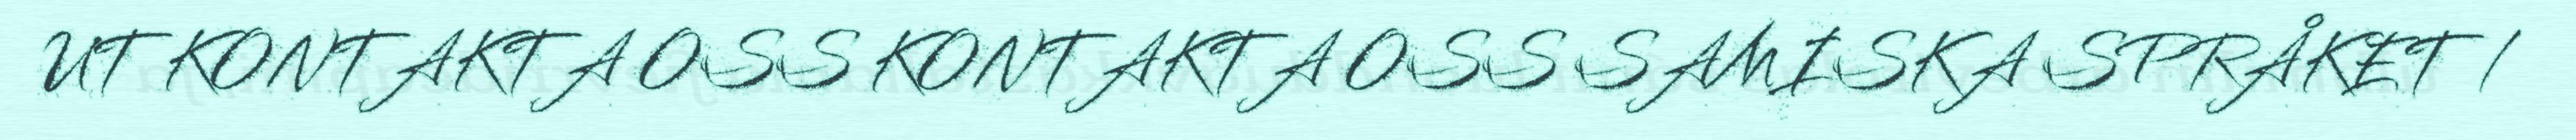
UT KONTAKTA OSS KONTAKTA OSS SAMISKA SPRÅKET /